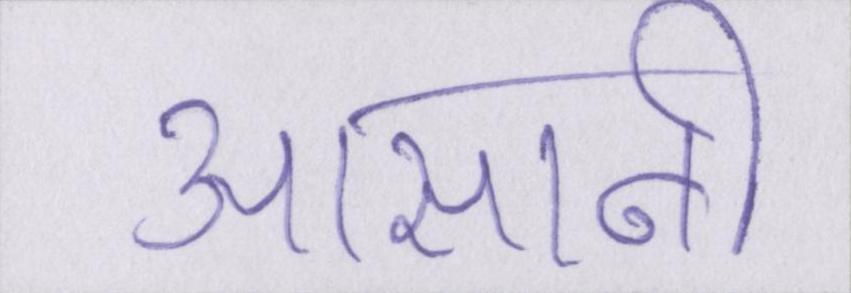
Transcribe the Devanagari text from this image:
आसानी